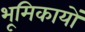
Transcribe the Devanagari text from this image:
भूमिकायों